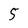
Character: 5